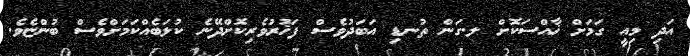
އަދި މިއީ ގަމަށް ޚާއްސަކޮށް ލ.ގަން ތުނޑި އަބަދުވެސް ފަޚުރުވެރިކޮށްދޭނެ ކުލަބެއްކަމަށްވެސް ބުންޏެވެ.